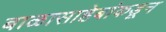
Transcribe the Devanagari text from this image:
बाळासाहेबांकडून